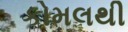
કોમલથી